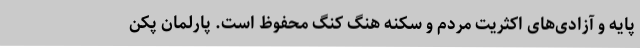
پایه و آزادی‌های اکثریت مردم و سکنه هنگ کنگ محفوظ است. پارلمان پکن